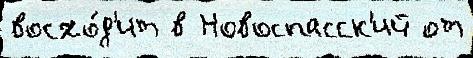
восхо́д'ит в Новоспасск'ий от